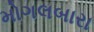
મોગલબારા